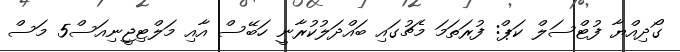
ގޯދިއްޔާ ފުޓްސަލް ކަޕް: ފުރަތަމަ މެޗުގައި ބައްދަލުކުރާނީ ހަބޭސް އާއި މަލްޓިޖީނިއަސް5 މަސް